Annual report on the lock hospitals of the Madras Presidency
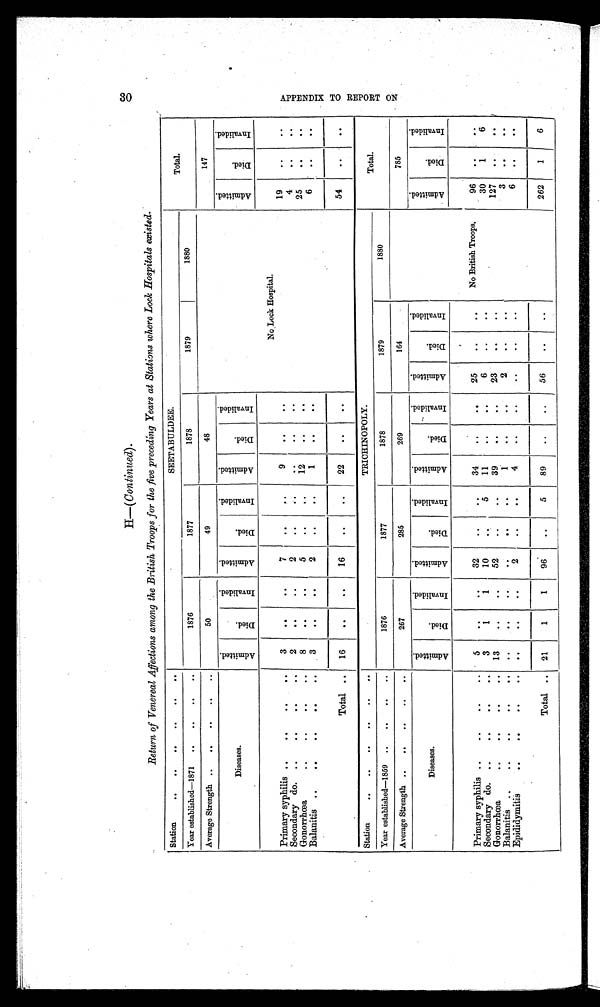
H—(Continued).
Return of Venereal Affections among the British Troops for the five preceding Years at Stations where Lock Hospitals existed.
Station
..
..
..
..
..
.
.
S E E T A B U L D E E .
Total.
Year established—1871
..
..
..
..
1876
1877
1878
1879
1880
Average Strength ..
..
..
..
..
50
49
48
No Lock Hospital.
147
A d m i t t e d .
D i e d .
I n v a l i d e d .
Diseases.
A d m i t t e d .
D i e d .
I n v a l i d e d .
A d m i t t e d .
D i e d .
I n v a l i d e d .
A d m i t t e d .
D i e d .
I n v a l i d e d .
Primary syphilis ..
. . . . . .
3
..
. .
7
. .
. .
9
..
..
19
. .
. .
4
. .
. .
Secondary do. ..
.
.
.
2
. .
..
2
..
. .
..
. .
. .
25
. .
Gonorrhœa
. . . ' . . . .
8
. .
..
5
..
..
12
..
..
. .
6
. .
. .
Balanitis ..
. . . . . . . .
3
..
. .
2
..
. .
1
. .
. .
T o t a l . .
16
. .
. .
16
..
..
22
..
..
54
. .
. .
Station
..
..
..
..
..
..
TRICHINOPOLY.
Total.
Year established—1859 ..
..
..
..
1876
1877
1878
1879
1880
Average Strength ..
..
. . . .
267
285
269
164
785
Diseases.
A d m i t t e d .
D i e d .
I n v a l i d e d .
A d m i t t e d .
D i e d .
I n v a l i d e d .
A d m i t t e d .
D i e d .
I n v a l i d e d .
A d m i t t e d .
D i e d .
I n v a l i d e d .
A d m i t t e d .
D i e d .
I n v a l i d e d .
Primary syphilis ..
..
..
..
5
. .
. .
32
..
. .
34
. .
..
25
. .
. .
No British Troops.
96
..
. .
Secondary do. ..
..
..
..
3
1
1
10
. .
5
11
. .
. .
6
..
. .
30
1
6
Gonorrhœa
. . .. . . ..
13
. .
. .
52
..
..
39
. .
. .
23
. .
. .
127
. .
. .
Balanitis ..
. . .. .. ..
. .
. .
. .
. .
. .
. .
1
. .
..
2
..
..
3
. .
. .
Epididymitis
. . .. .. ..
. .
. .
. .
2
..
..
4
. .
..
..
..
. .
6
..
..
Total .. 21
1
1
96
. .
5
89
..
..
56
. .
. .
262
1
6
3 0
A P P E N D I X T O R E P O R T O N